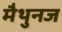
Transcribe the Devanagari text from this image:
मैथुनज